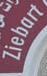
ziebart